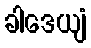
ခါဒေယျံ